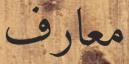
معارف